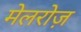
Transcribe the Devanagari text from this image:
मेलरोज़